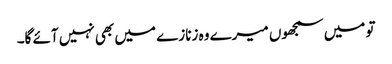
تو میں سمجھوں میرے وہ زنازے میں بھی نہیں آئے گا۔